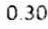
0.30